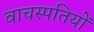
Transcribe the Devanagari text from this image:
वाचस्पतियों